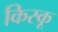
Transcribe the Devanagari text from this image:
किस्‍कू